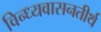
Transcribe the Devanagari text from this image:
विन्ध्यवासनतीर्थ